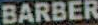
BARBER